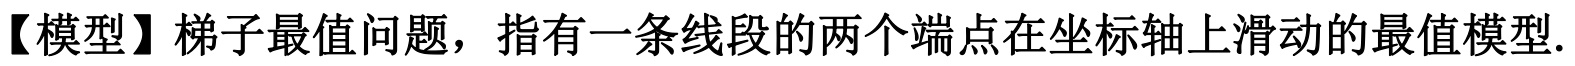
【模型】梯子最值问题，指有一条线段的两个端点在坐标轴上滑动的最值模型.